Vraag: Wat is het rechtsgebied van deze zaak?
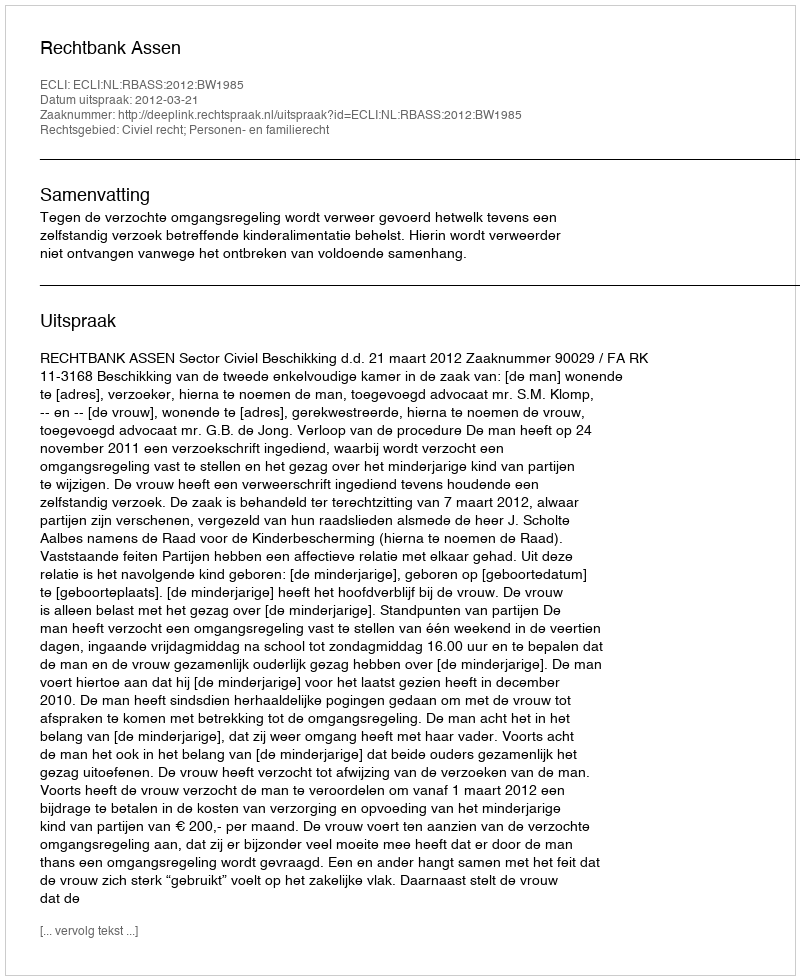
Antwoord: Civiel recht; Personen- en familierecht